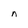
Character: n